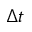
\Delta t